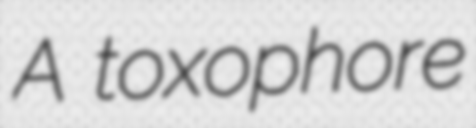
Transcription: A toxophore